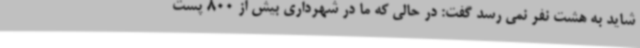
شاید به هشت نفر نمی رسد گفت: در حالی که ما در شهرداری بیش از 800 پست